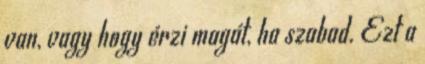
van, vagy hogy érzi magát, ha szabad. Ezt a